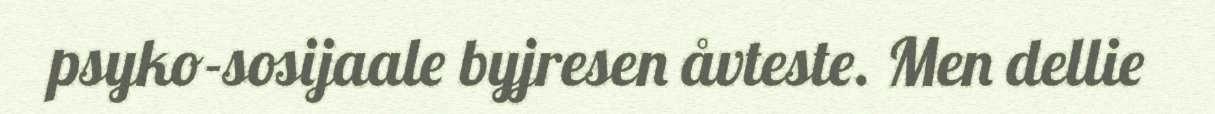
psyko-sosijaale byjresen åvteste. Men dellie